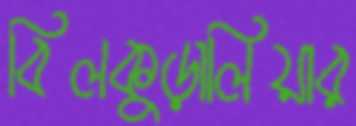
বিলকুড়ালিয়ার